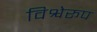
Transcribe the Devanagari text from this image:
विश्वेरूप